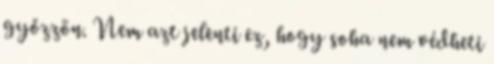
győzzön. Nem azt jelenti ez, hogy soha nem védheti